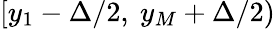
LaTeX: [y_{1}-\Delta/2,~y_{M}+\Delta/2)